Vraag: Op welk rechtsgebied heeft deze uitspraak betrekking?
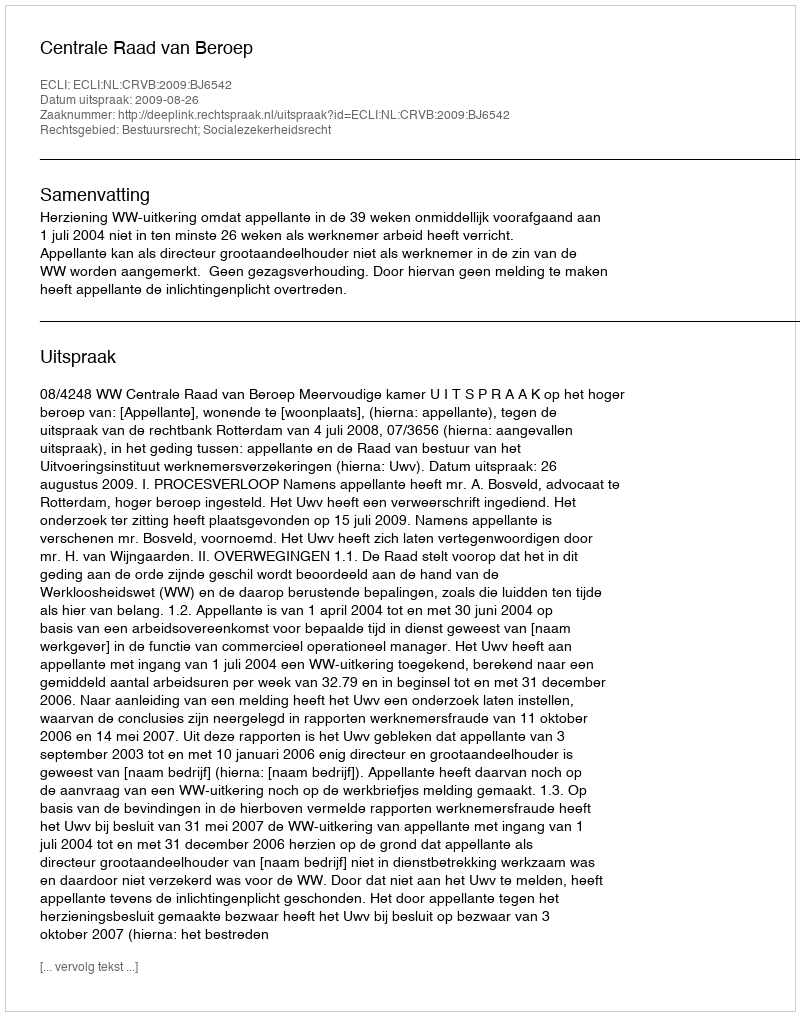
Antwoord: Bestuursrecht; Socialezekerheidsrecht